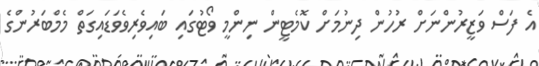
އެ ފަސް ވަޒީރުންނަށް ރުހުން ދިނުމަށް ކޮމެޓީން ނިންމީ ވޯޓުގައި ބައިވެރިވެވަޑައިގަތް މެމްބަރުންގެ